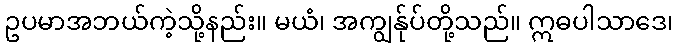
ဥပမာအဘယ်ကဲ့သို့နည်း။ မယံ၊ အကျွန်ုပ်တို့သည်။ ဣဓပါသာဒေ၊